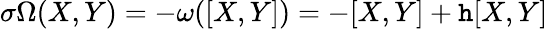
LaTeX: \sigma\Omega(X,Y)=-\omega([X,Y])=-[X,Y]+\mathtt{h}[X,Y]